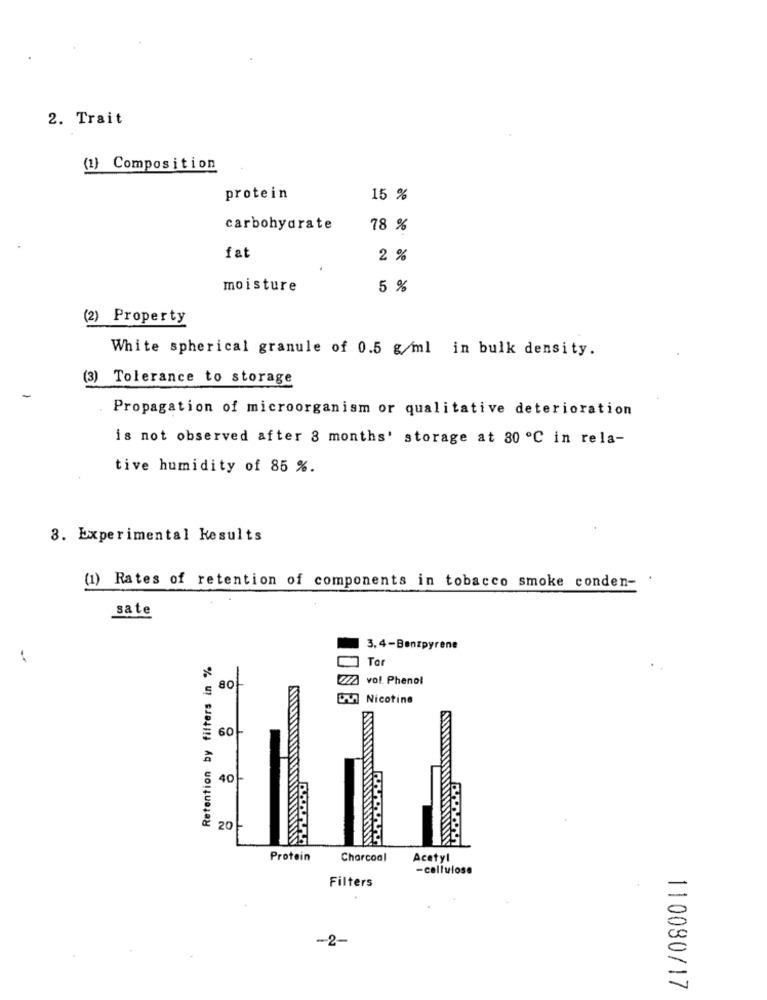
2. Trait
(1) Composition
protein
15 %
carbohydrate
78 %
fat
2 %
.
moisture
5 %
(2) Property
White spherical granule of 0.5 g/ml in bulk density.
(3) Tolerance to storage
Propagation of microorganism or qualitative deterioration
is not observed after 8 months' storage at 80 ℃ in rela-
tive humidity of 85 %.
8. Experimental Results
(1) Rates of retention of components in tobacco smoke conden-
sate
3.4-Benzpyrene
-
Retention by filters in %
Tar
22% vol. Phenol
80
WW Nicotine
60-
40-
20-
Protein
Charcoal
Acetyl
-cellulose
Filters
-2-
110080/17